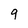
Character: 9